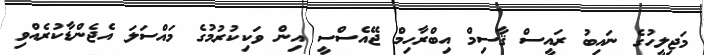
މަޖިލީހުގެ ނައިބު ރައީސް ޤާސިމް އިބްރާހިމް ޖޭއެސްސީ އިން ވަކިކުުރުމުގެ މައްސަލަ އެޖެންޑާކުރެއްވި